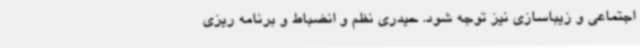
اجتماعی و زیباسازی نیز توجه شود. حیدری نظم و انضباط و برنامه ریزی